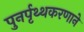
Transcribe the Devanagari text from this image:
पुनर्पृथ्थकरणाने